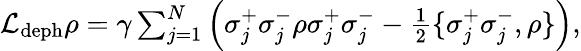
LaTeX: \begin{array}{r}{\mathcal{L}_{\textrm{deph}}\rho=\gamma\sum_{j=1}^{N}\left(\sigma_{j}^{+}\sigma_{j}^{-}\rho\sigma_{j}^{+}\sigma_{j}^{-}-\frac{1}{2}\{ \sigma_{j}^{+}\sigma_{j}^{-},\rho\} \right),}\end{array}